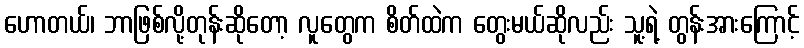
ဟောတယ်၊ ဘာဖြစ်လို့တုန်းဆိုတော့ လူတွေက စိတ်ထဲက တွေးမယ်ဆိုလည်း သူ့ရဲ့ တွန်းအားကြောင့်